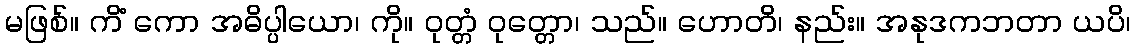
မဖြစ်။ ကိံ ကော အဓိပ္ပါယော၊ ကို။ ဝုတ္တံ ဝုတ္တော၊ သည်။ ဟောတိ၊ နည်း။ အနုဒကဘတာ ယပိ၊